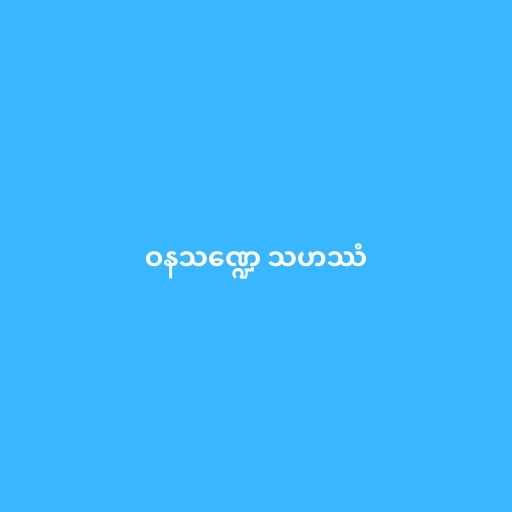
ဝနသဏ္ဍေ သဟဿံ